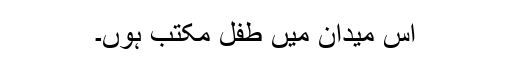
اِس میدان میں طفلِ مکتب ہوں۔